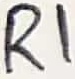
Text: R1